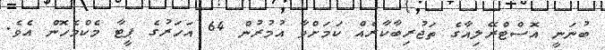
ބުނަނީ އޮސްޓްރޭލިއާގެ ތަޖުރިބާކާރެއް ކަމަށްވާ އުމުރުން 64 އަހަރުގެ ޕީޓާ މެކްމެހޮން އެވެ.